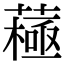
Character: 𦽯